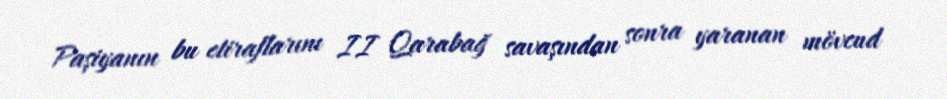
Paşiyanın bu etiraflarını II Qarabağ savaşından sonra yaranan mövcud